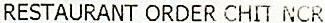
RESTAURANT ORDER CHIT NCR